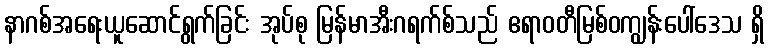
နာဂစ်အရေးယူဆောင်ရွက်ခြင်း အုပ်စု မြန်မာအီးဂရက်စ်သည် ဧရာဝတီမြစ်ဝကျွန်းပေါ်ဒေသ ရှိ